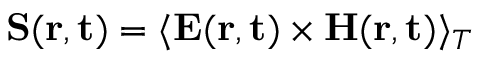
{ \bf S } ( { \bf r , t } ) = \langle { \bf E } ( { \bf r , t } ) \times { \bf H } ( { \bf r , t } ) \rangle _ { T }